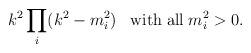
\begin{align*}k^2\prod\limits_{i}^{} ( {k}^{2}-{m}_{i}^{2} )\;\;\;{\rm with}\;{\rm all}\;{m}_{i}^{2} > 0.\end{align*}